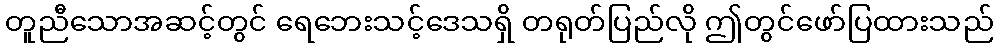
တူညီသောအဆင့်တွင် ရေဘေးသင့်ဒေသရှိ တရုတ်ပြည်လို ဤတွင်ဖော်ပြထားသည်